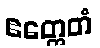
ဧတ္ထေတံ